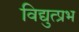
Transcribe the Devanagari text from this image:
विद्युत्प्रभ